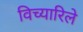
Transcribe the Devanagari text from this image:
विच्यारिले